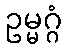
ဥမ္မဂ္ဂံ